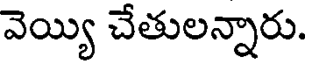
వెయ్యి చేతులన్నారు.